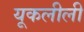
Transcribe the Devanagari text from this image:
यूकलीली